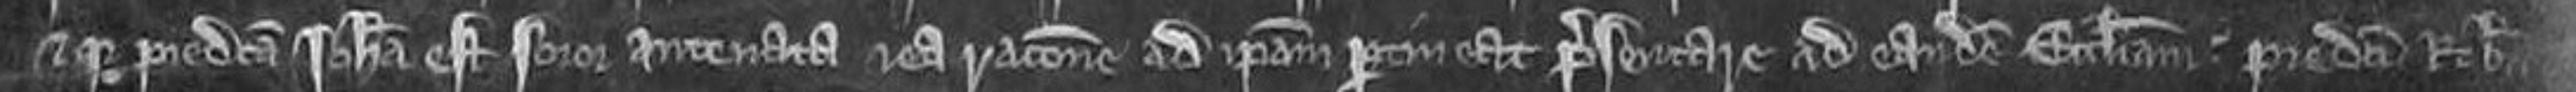
et quia predicta Johanna est soror antenata et ea racione ad ipsam pertineat presentare ad eandem ecclesiam. predicti Robertus et